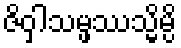
ဇိဝှါသမ္ဖဿသ္မိမ္ပိ